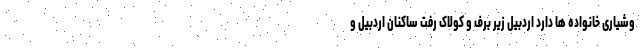
وشیاری خانواده ها دارد اردبیل زیر برف و کولاک رفت ساکنان اردبیل و